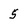
Character: 5